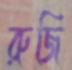
রুজি